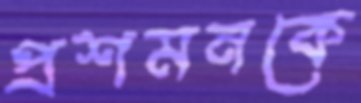
প্রশমনকে